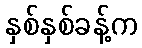
နှစ်နှစ်ခန့်က